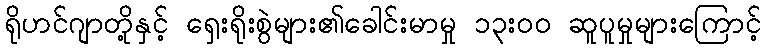
ရိုဟင်ဂျာတို့နှင့် ရှေးရိုးစွဲများ၏ခေါင်းမာမှု ၁၃းဝဝ ဆူပူမှုများကြောင့်